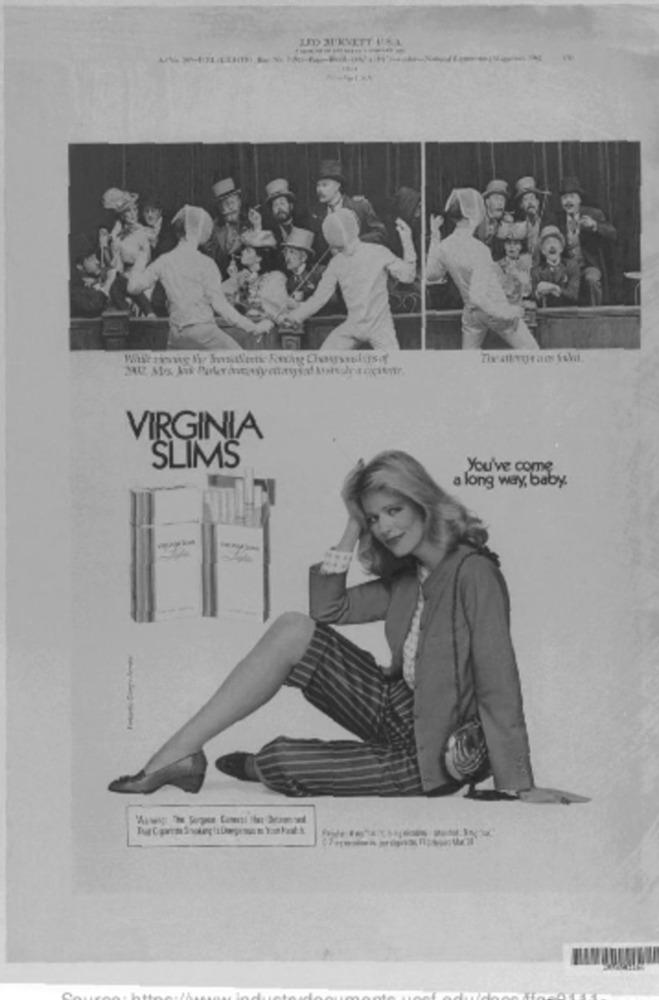
JD JUKVETT PEL
VIRGINIA
SLIMS
You've come
a long way, baby.